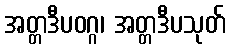
အတ္တဒီပဝဂ္ဂ၊ အတ္တဒီပသုတ်